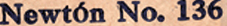
Newton No. 136